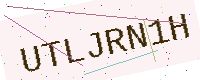
Text: UTLJRN1H